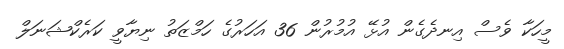
މީހަކާ ވެސް އިނދެގެން އުޅޭ އުމުރުން 36 އަހަރުގެ ހަމްޒަތު ނިޔާވީ ކަރެކްޝަނަލް